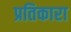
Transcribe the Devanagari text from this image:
प्रतिकारा